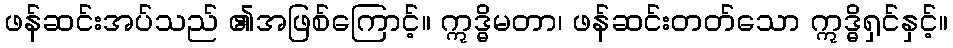
ဖန်ဆင်းအပ်သည် ၏အဖြစ်ကြောင့်။ ဣဒ္ဓိမတာ၊ ဖန်ဆင်းတတ်သော ဣဒ္ဓိရှင်နှင့်။